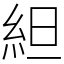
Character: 䋎